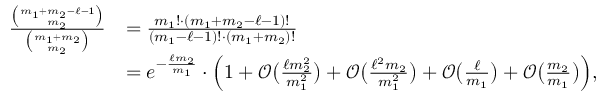
\begin{array} { r l } { \frac { \binom { m _ { 1 } + m _ { 2 } - \ell - 1 } { m _ { 2 } } } { \binom { m _ { 1 } + m _ { 2 } } { m _ { 2 } } } } & { = \frac { m _ { 1 } ! \cdot ( m _ { 1 } + m _ { 2 } - \ell - 1 ) ! } { ( m _ { 1 } - \ell - 1 ) ! \cdot ( m _ { 1 } + m _ { 2 } ) ! } } \\ & { = e ^ { - \frac { \ell m _ { 2 } } { m _ { 1 } } } \cdot \Big ( 1 + \mathcal { O } \big ( \textstyle { \frac { \ell m _ { 2 } ^ { 2 } } { m _ { 1 } ^ { 2 } } } \big ) + \mathcal { O } \big ( \textstyle { \frac { \ell ^ { 2 } m _ { 2 } } { m _ { 1 } ^ { 2 } } } \big ) + \mathcal { O } \big ( \textstyle { \frac { \ell } { m _ { 1 } } } \big ) + \mathcal { O } \big ( \textstyle { \frac { m _ { 2 } } { m _ { 1 } } } \big ) \Big ) , } \end{array}